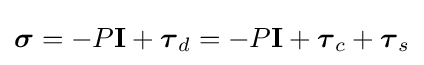
{\boldsymbol {\sigma }}=-P\mathbf {I} +{\boldsymbol {\tau }}_{d}=-P\mathbf {I} +{\boldsymbol {\tau }}_{c}+{\boldsymbol {\tau }}_{s}